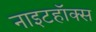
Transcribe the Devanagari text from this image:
नाइटहॉक्स